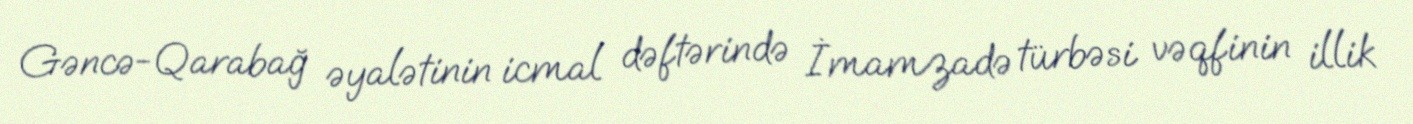
Gəncə-Qarabağ əyalətinin icmal dəftərində İmamzadə türbəsi vəqfinin illik